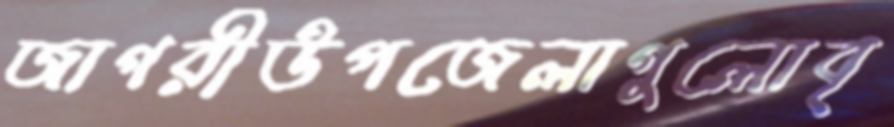
জাগরীউপজেলাগুলোবৃ